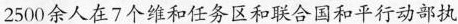
2500余人在7个维和任务区和联合国和平行动部执